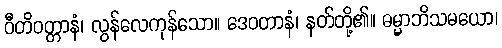
ဝီတိဝတ္တာနံ၊ လွန်လေကုန်သော။ ဒေဝတာနံ၊ နတ်တို့၏။ ဓမ္မာဘိသမယော၊